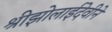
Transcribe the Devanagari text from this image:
श्रीझोलाईदेवीने